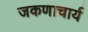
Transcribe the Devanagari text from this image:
जकणाचार्य